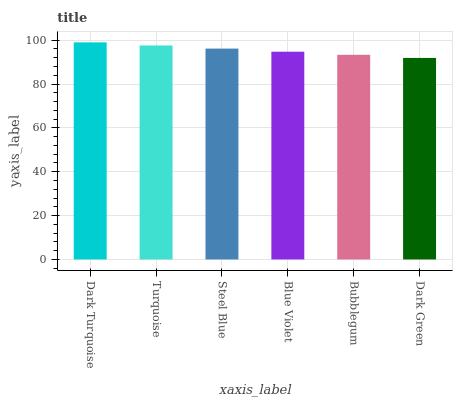
| xaxis_label | bars |
 | --- | --- |
 | Dark Turquoise | 99 |
 | Turquoise | 97.6 |
 | Steel Blue | 96.2 |
 | Blue Violet | 94.7 |
 | Bubblegum | 93.3 |
 | Dark Green | 91.9 |